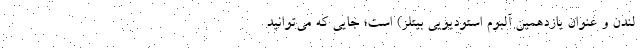
لندن و عنوان یازدهمین آلبوم استودیویی بیتلز) است؛ جایی که می‌توانید